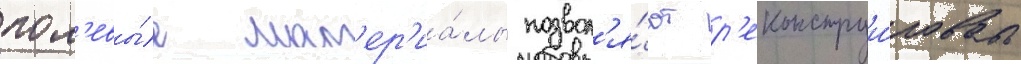
пол'евы́е мат'ер'иа́лы позвол'я́ют р'еконструи́ровать